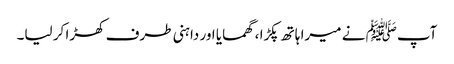
آپﷺ نے میرا ہاتھ پکڑا ، گھمایا اور داہنی طرف کھڑا کر لیا۔